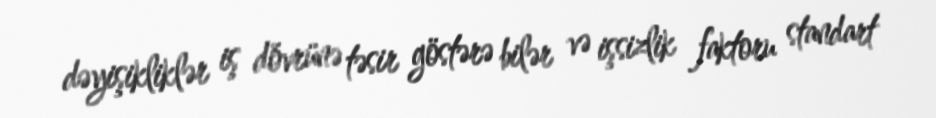
dəyişikliklər iş dövrünə təsir göstərə bilər və işsizlik faktoru standart